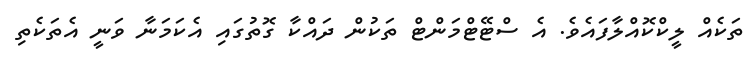
ތަކެއް ލީކްކޮއްލާފައެވެ. އެ ސްޓޭޓްމަންޓް ތަކުން ދައްކާ ގޮތުގައި އެކަމަނާ ވަނީ އެތަކެތި